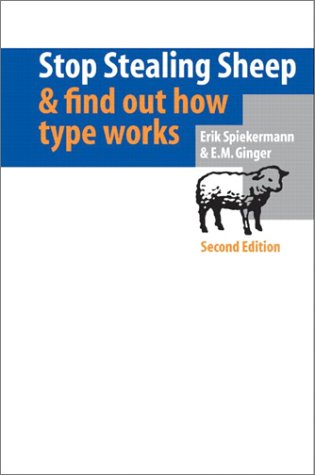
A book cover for Stop Stealing Sheep & Find Out How Type Works (2nd Edition); Erik Spiekermann; Computers & Technology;